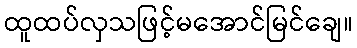
ထူထပ်လှသဖြင့်မအောင်မြင်ချေ။